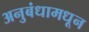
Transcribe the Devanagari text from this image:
अनुबंधामधून